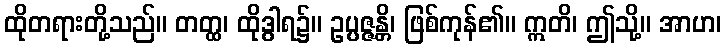
ထိုတရားတို့သည်။ တတ္ထ၊ ထိုဒွါရ၌။ ဥပ္ပဇ္ဇန္တိ၊ ဖြစ်ကုန်၏။ ဣတိ၊ ဤသို့။ အာဟ၊